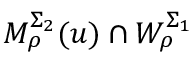
M _ { \rho } ^ { \Sigma _ { 2 } } ( u ) \cap W _ { \rho } ^ { \Sigma _ { 1 } }